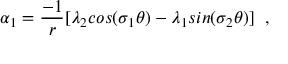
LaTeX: \alpha _ { 1 } = \frac { - 1 } { r } [ \lambda _ { 2 } c o s ( \sigma _ { 1 } \theta ) - \lambda _ { 1 } s i n ( \sigma _ { 2 } \theta ) ] \; \; ,